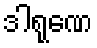
ဒါရုဏေ